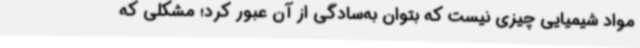
مواد شیمیایی چیزی نیست که بتوان به‌سادگی از آن عبور کرد؛ مشکلی که